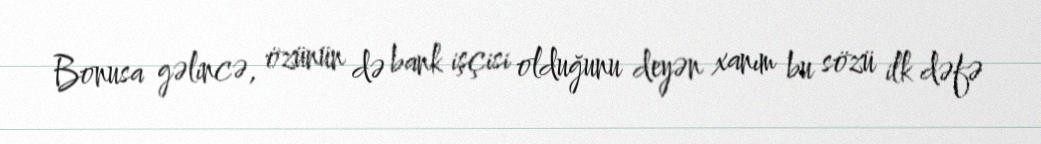
Bonusa gəlincə, özünün də bank işçisi olduğunu deyən xanım bu sözü ilk dəfə